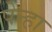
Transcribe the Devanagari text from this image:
पेन्हा